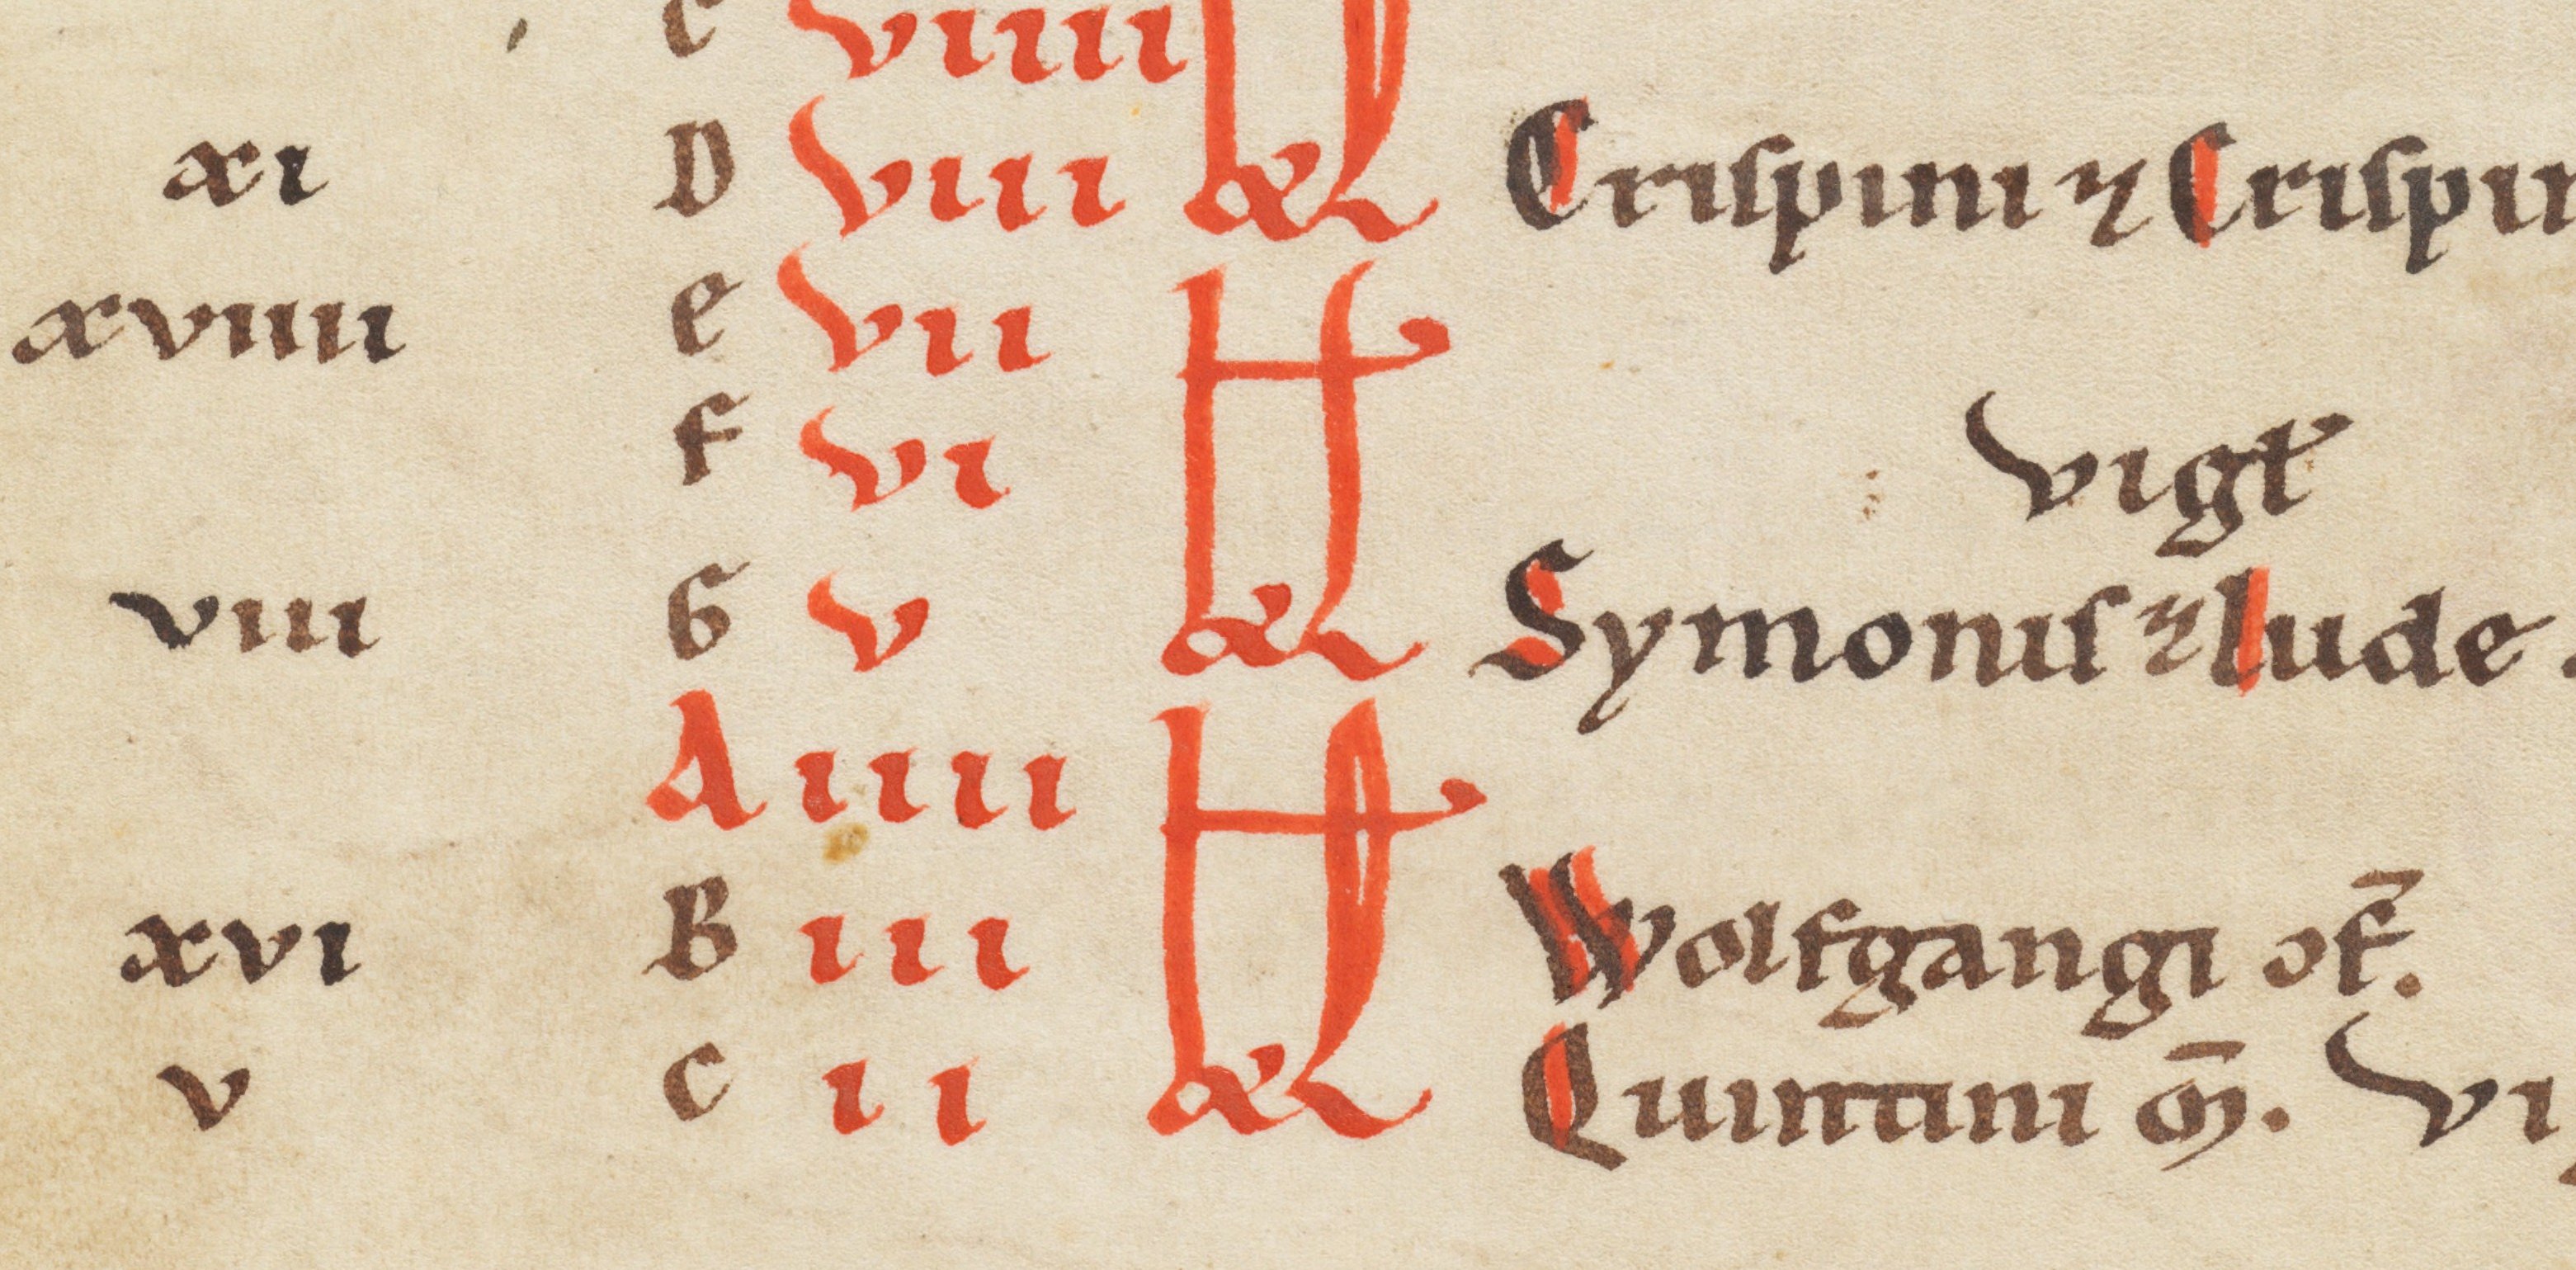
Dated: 1185–1249